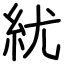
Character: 紌